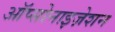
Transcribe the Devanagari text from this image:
ऑप्सोनाइज़ेशन